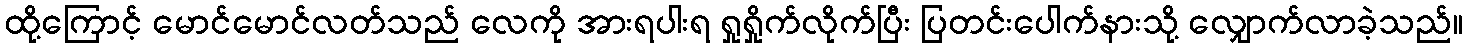
ထို့ကြောင့် မောင်မောင်လတ်သည် လေကို အားရပါးရ ရှုရှိုက်လိုက်ပြီး ပြတင်းပေါက်နားသို့ လျှောက်လာခဲ့သည်။